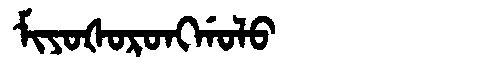
Manchu: ᠮᡳᠶᠣᡧᠣᡵᠣᠩᡤᠣᠯᠣ
Romanization: MIYOŠORONGGOLO